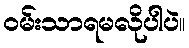
ဝမ်းသာရမလိုပါပဲ။